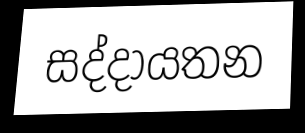
සද්දායතන